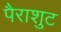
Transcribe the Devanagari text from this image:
पैराशुट